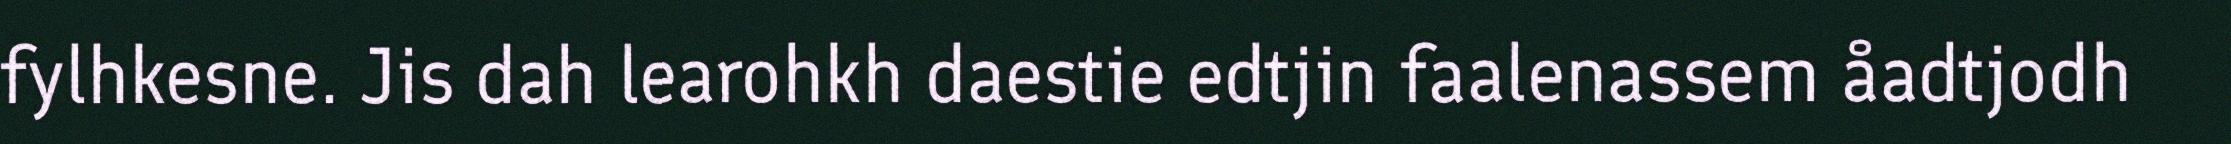
fylhkesne. Jis dah learohkh daestie edtjin faalenassem åadtjodh